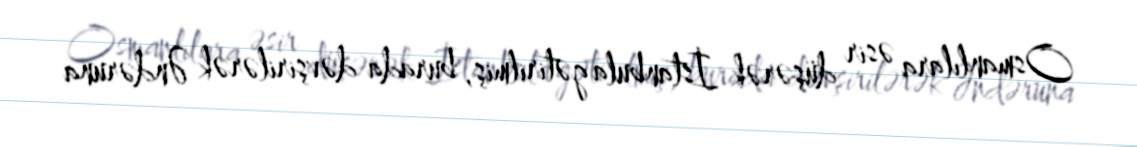
Osmanlılara əsir düşərək İstanbula gətirilmiş, burada dəvşirilərək Əndəruna